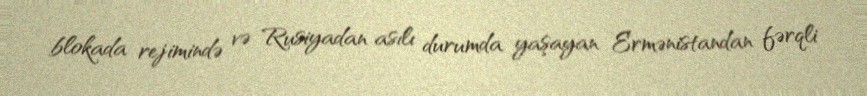
blokada rejimində və Rusiyadan asılı durumda yaşayan Ermənistandan fərqli